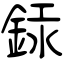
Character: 銾